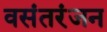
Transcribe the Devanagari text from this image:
वसंतरंजन